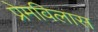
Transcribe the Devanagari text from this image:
प्रेमविलास